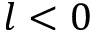
l < 0